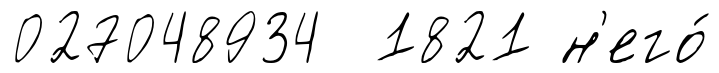
027048934 1821 н'его́